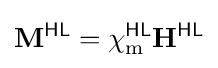
\mathbf {M} ^{\textsf {HL}}=\chi _{\text{m}}^{\textsf {HL}}\mathbf {H} ^{\textsf {HL}}